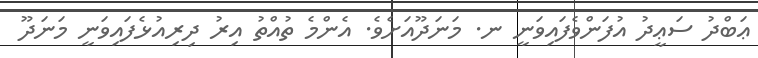
ޢަބްދު ސަޢީދު އުފަންވެފައިވަނީ ނ. މަނަދޫއަށެވެ. އެންމެ ތުއްތު އިރު ދިރިއުޅެފައިވަނީ މަނަދޫ